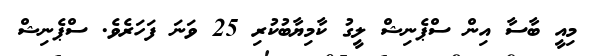
މިއީ ބާސާ އިން ސްޕެނިޝް ލީގު ކާމިޔާބުކުރި 25 ވަނަ ފަހަރެވެ. ސްޕެނިޝް